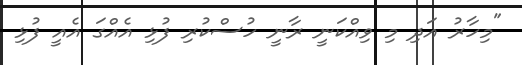
"މިހާރު އަދި މި ވިއްކަނީ ރާނީ ހުސްކުރި ފުޅި އެއްގަ އެއީ ފުޅި